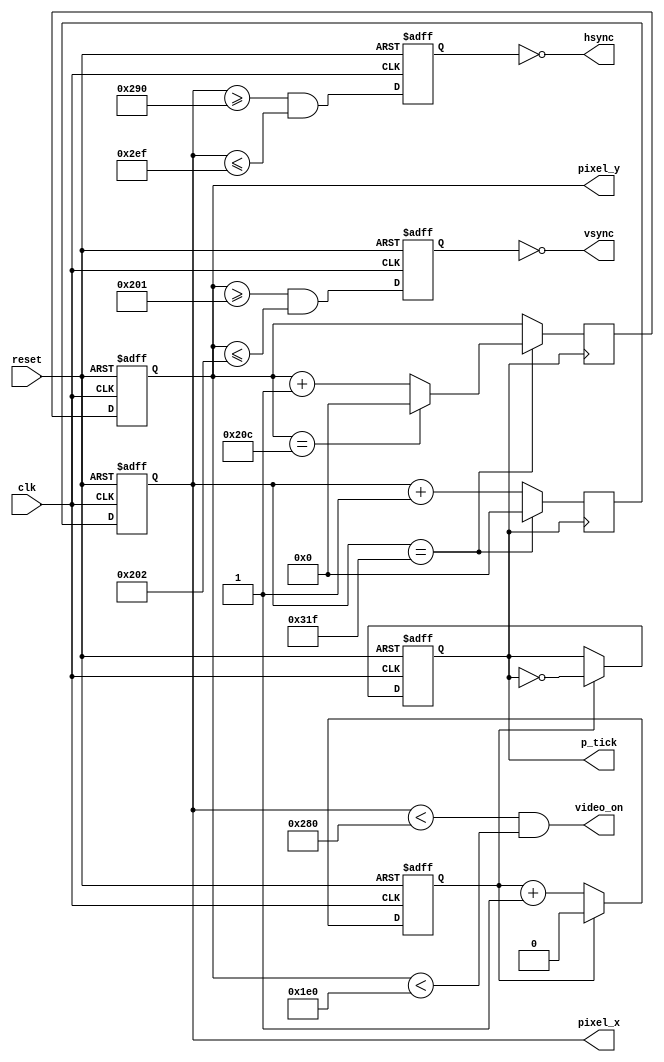
module timing_generator_VGA
(
input wire clk,reset,
output wire hsync,vsync,video_on,p_tick,
output wire [9:0] pixel_x, pixel_y
);

//Declaracin de constantes

//Parmetros para VGA 640x480 
localparam HD = 640;//rea de despliegue horizontal
localparam HF = 48;// borde izquierdo horizontal
localparam HB = 16;//borde derecho horizontal(16)
localparam HR = 96;//retraso horizontal
localparam VD = 480;//rea de despliegue vertical
localparam VF = 10;//borde superior vertical
localparam VB = 33;//borde inferior vertical
localparam VR = 2;//retraso vertical

//Contadores

//Contador para la divisin de frecuencia (100 MHz a 25 MHz)
//reg mod2_reg;
//wire mod2_next;

reg cuenta, CV;

//Contadores de "timing" vertical y horizontal
reg[9:0] h_count_reg, h_count_next;
reg[9:0] v_count_reg, v_count_next;
reg h_sync_reg, v_sync_reg;
wire h_sync_next, v_sync_next;

//Seales de status
wire h_end, v_end; 
wire pixel_tick;

//Definicin de comportamiento

//Registros
always @(posedge clk, posedge reset)
begin
if(reset)
	begin
	//mod2_reg <= 1'b0;
	h_count_reg <= 0;
	v_count_reg <= 0;
	h_sync_reg <= 1'b0;
	v_sync_reg <= 1'b0;
	end

else
	begin
	//mod2_reg <= mod2_next;
	h_count_reg <= h_count_next;
	v_count_reg <= v_count_next;
	h_sync_reg <= h_sync_next;
	v_sync_reg <= v_sync_next;		
	end
end

//Para generar 25 MHz

always@(posedge clk, posedge reset)
begin

	if(reset)
	begin
	cuenta <= 0; 
	CV <= 0;
	end
	
	else
	begin
		if (cuenta == 1'b1)
			begin
			cuenta <= 0;
			CV <= ~CV;
			end
		else
			cuenta <= cuenta + 1'b1;
	end
end	
//assign mod2_next = ~mod2_reg;
assign pixel_tick = CV;


//Definicin seales de status

//Final del contador horizontal (799)
assign h_end = (h_count_reg == (HD+HF+HB+HR-1));

//Final contador vertical (524)
assign v_end = (v_count_reg == (VD+VF+VB+VR-1));

//Lgicas de estado siguiente de los contadores

//Contador horizontal
always@(negedge pixel_tick)
begin
	//if(pixel_tick) //pulso de 25 MHz	
		if(h_end)
		h_count_next = 0;
	
		else
		h_count_next = h_count_reg + 1'b1;
	
/*	else
	h_count_next = h_count_reg; //Mantiene la cuenta*/
end

//Contador vertical
always@(negedge pixel_tick)
begin
	//if(pixel_tick & h_end) //pulso de 25 MHz y final de fila
	if(h_end) //pulso de 25 MHz y final de fila
		
		if(v_end)
		v_count_next = 0;
	
		else
		v_count_next = v_count_reg + 1'b1;
	
	else
	v_count_next = v_count_reg; //Mantiene la cuenta
end

/*h_sync_next puesto en bajo para generar retraso
entre la cuentas 656 y 751*/
assign h_sync_next = (h_count_reg >= (HD+HB)&&
							 h_count_reg <=(HD+HB+HR-1));

/*v_sync_next puesto en bajo para generar retraso
entre la cuentas 490 y 491*/
assign v_sync_next = (v_count_reg >= (VD+VB)&&
							 v_count_reg <=(VD+VB+VR-1));

//Asignacin de salidas

//Para generar seal video on/off
assign video_on = (h_count_reg < HD) && (v_count_reg < VD); //Para mantener una forma de saber si el pixel est en la regin visible
assign hsync = ~h_sync_reg;
assign vsync = ~v_sync_reg;
assign pixel_x = h_count_reg; //Coordenada x
assign pixel_y = v_count_reg; //Coordenada y
assign p_tick = pixel_tick; //Ayuda a coordinar la creacin de imgenes (mdulo de generacin de pxeles)

endmodule